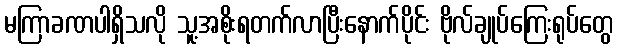
မကြာခဏပါရှိသလို သူ့အစိုးရတက်လာပြီးနောက်ပိုင်း ဗိုလ်ချုပ်ကြေးရုပ်တွေ